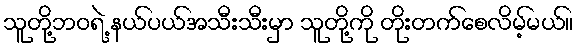
သူတို့ဘဝရဲ့ နယ်ပယ်အသီးသီးမှာ သူတို့ကို တိုးတက်စေလိမ့်မယ်။